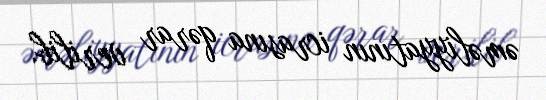
əməliyyatının icrasına qərar verilib.